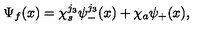
\Psi _ { f } ( { x } ) = \chi _ { s } ^ { j _ { 3 } } \psi _ { - } ^ { j _ { 3 } } ( { x } ) + \chi _ { a } \psi _ { + } ( { x } ) ,